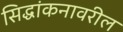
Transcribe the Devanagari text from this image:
सिद्धांकनावरील